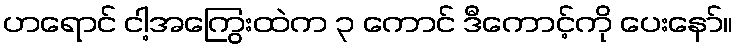
ဟရောင် ငါ့အကြွေးထဲက ၃ ကောင် ဒီကောင့်ကို ပေးနော်။